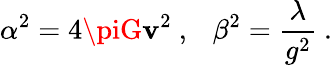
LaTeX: \alpha^{2}=4\piG\mathbf{v}^{2}\ ,\ \ \ \beta^{2}=\frac{{\lambda}}{{g^{2}}}\ .